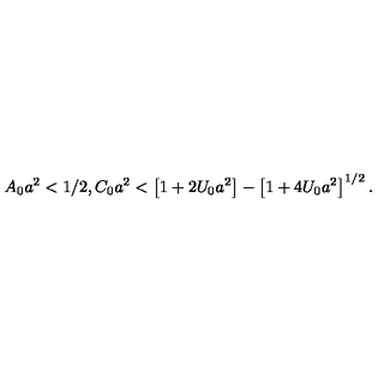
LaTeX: A _ { 0 } a ^ { 2 } < 1 / 2 , C _ { 0 } a ^ { 2 } < \left[ 1 + 2 U _ { 0 } a ^ { 2 } \right] - \left[ 1 + 4 U _ { 0 } a ^ { 2 } \right] ^ { 1 / 2 } .